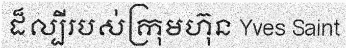
ដ៏ល្បីរបស់ក្រុមហ៊ុន Yves Saint